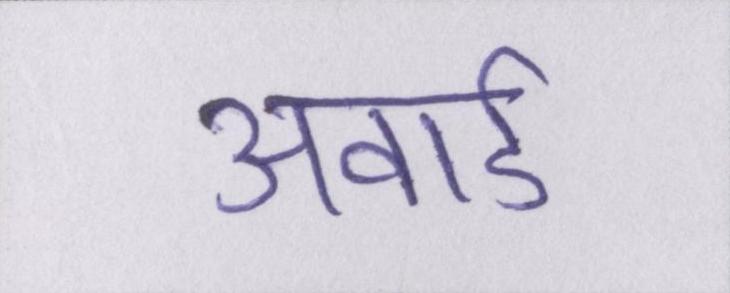
अवार्ड